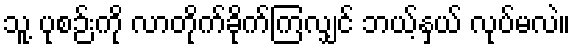
သူ့ ပုစဉ်းကို လာတိုက်ခိုက်ကြလျှင် ဘယ့်နှယ် လုပ်မလဲ။